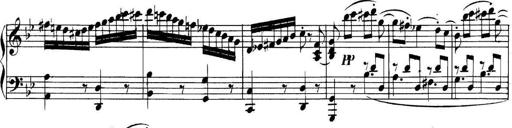
Title: Collected Piano Sonatas
Composer: Muzio Clementi